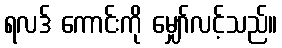
ရလဒ် ကောင်းကို မျှော်လင့်သည်။